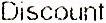
DISCOUNT